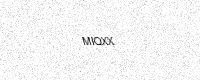
Text: MIQXX